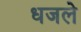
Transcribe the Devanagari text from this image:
धजले